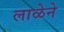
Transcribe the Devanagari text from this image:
लाळेने